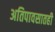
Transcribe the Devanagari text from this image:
अतिपावसातही